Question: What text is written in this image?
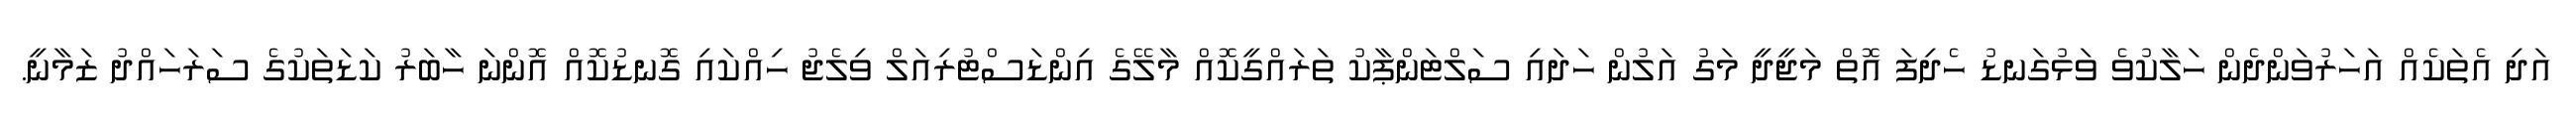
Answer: އަދި އެތަކެއް އަހަރުވަންދެން ހަލާކުވެ ވަޅުގަނޑު ހެދިފަ އޮތް މަޖީދީ މަގު އަލުން ހަދައި ސަލްޓަންޕާކު ތަރައްގީކޮއް މާލޭގެ އިންޑަސްޓުރިއަލް ވިލެޖު ހިއްކައި ގޮނޑުކޮއް އޮންނަ ހާބަރު ކަޑަތަކުގެ ސަރަހައްދު ޒަމާނީ.